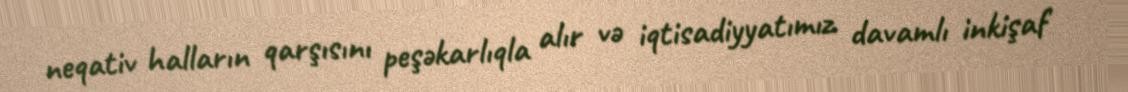
neqativ halların qarşısını peşəkarlıqla alır və iqtisadiyyatımız davamlı inkişaf